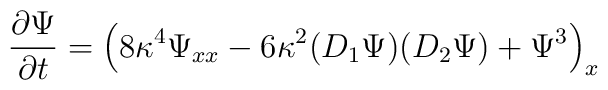
{\partial \Psi\over \partial t} = \left(8\kappa^{4} \Psi_{xx} -6\kappa^{2} (D_{1}\Psi) (D_{2}\Psi) + \Psi^{3}\right)_{x}